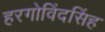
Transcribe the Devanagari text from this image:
हरगोविंदसिंह